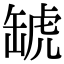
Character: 𧇍